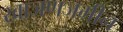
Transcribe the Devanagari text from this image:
खाजणजमीन